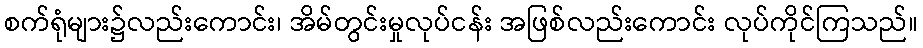
စက်ရုံများ၌လည်းကောင်း၊ အိမ်တွင်းမှုလုပ်ငန်း အဖြစ်လည်းကောင်း လုပ်ကိုင်ကြသည်။